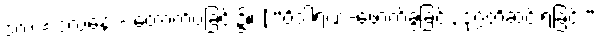
ဒလ = ဒလနေ - တောက်ပခြင်း၌။ [“ဝိဒါရဏ-ဖောက်ခွဲခြင်း, ဒုဂ္ဂတိဆင်းရဲခြင်း”